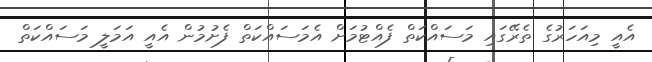
އެއީ މިއަހަރުގެ ތެރޭގައި މަސައްކަތް ފެއްޓުމަށް އެމަސައްކަތް ފެށުމުން އެއީ އަމަލީ މަސައްކަތް